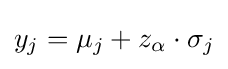
y_{j}=\mu _{j}+z_{\alpha }\cdot \sigma _{j}